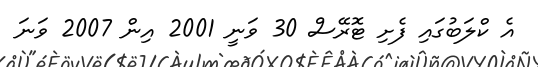
އެ ކްލަބުގައި ފެށި ޓޮރޭސް 30 ވަނީ 2001 އިން 2007 ވަނަ